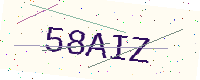
Text: 58AIZ